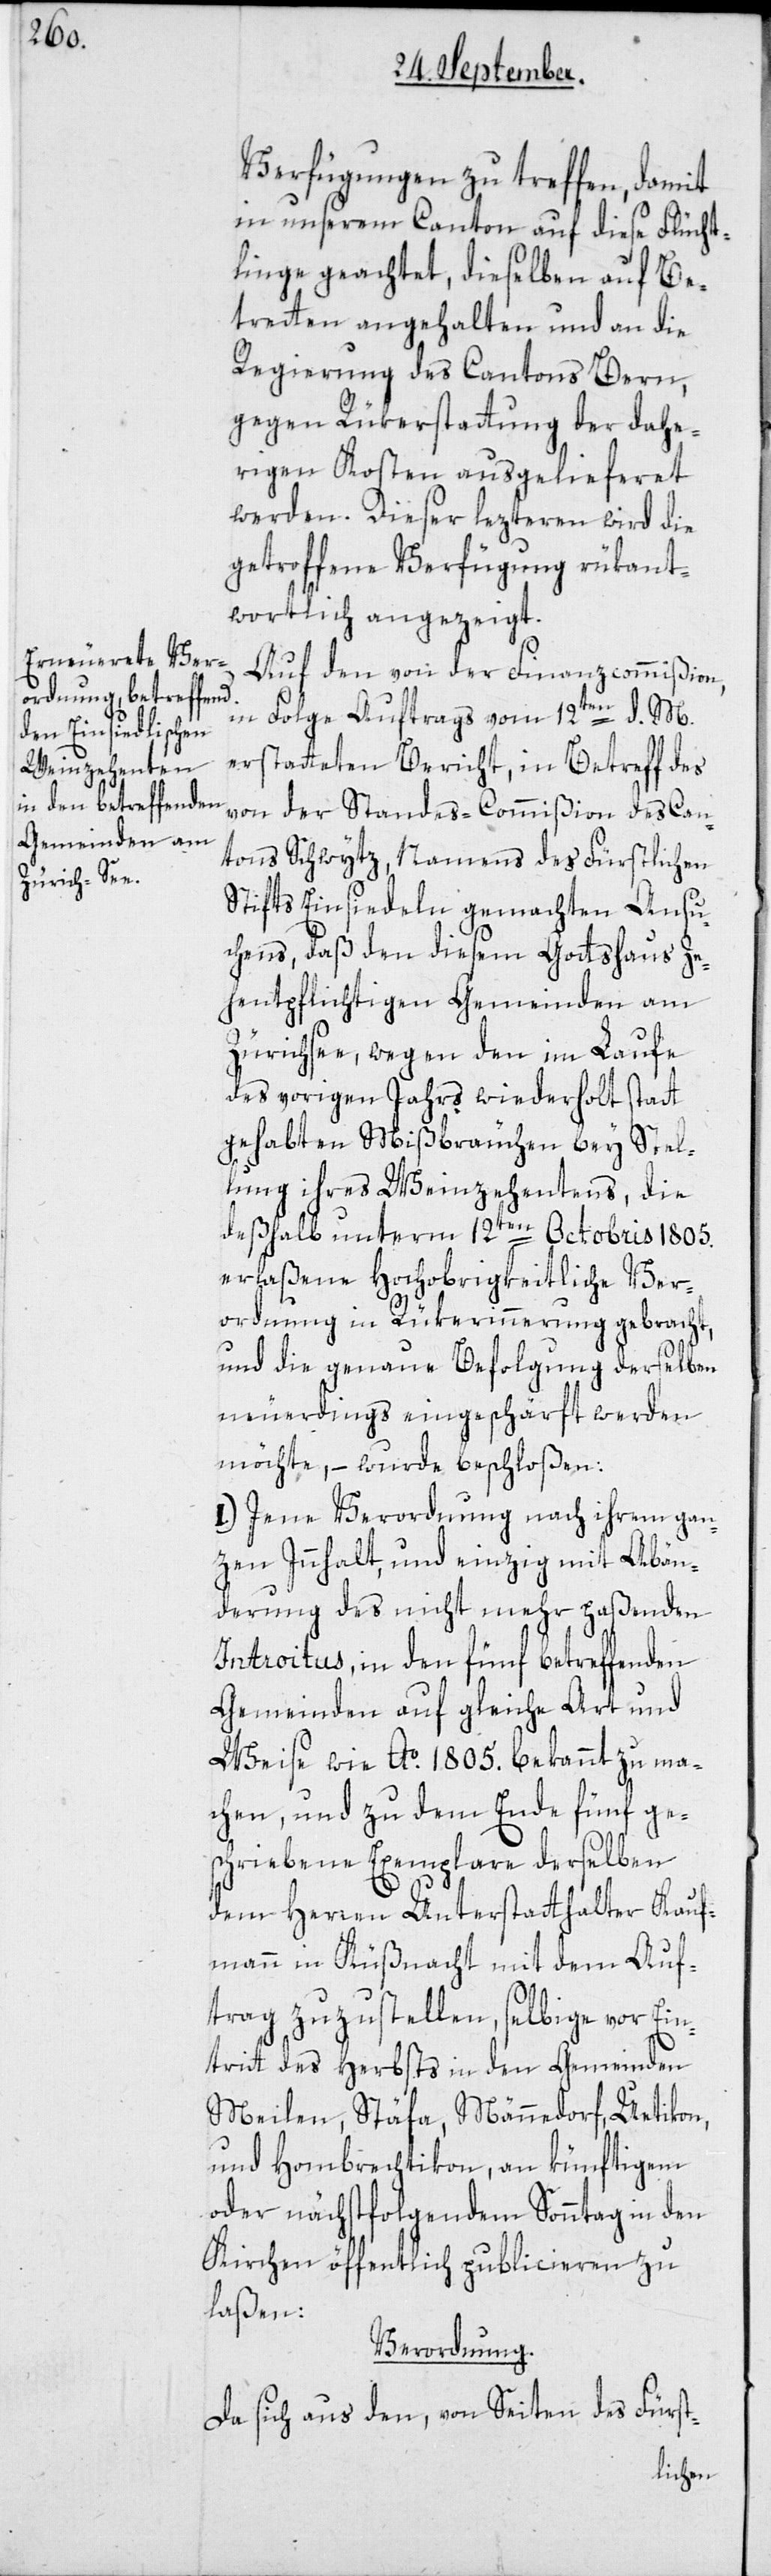
Verfügungen zu treffen, damit
in unserem Canton auf diese Flücht¬
linge geachtet, dieselben auf Be¬
tretten angehalten und an die
Regierung des Cantons Bern,
gegen Rükerstattung der dahe¬
rigen Kosten ausgelieferet
werden. Dieser lezteren wird die
getroffene Verfügung rükant¬
wortlich angezeigt.
Auf den von der Finanzcommißion,
in Folge Auftrags vom 12ten d. M.
erstatteten Bericht, in Betreff des
von der Standes-Commißion des Can¬
tons Schwytz, Namens des Fürstlichen
Stifts Einsiedeln gemachten Ansu¬
chens, daß den diesem Gottshaus Ze¬
hentpflichtigen Gemeinden am
Zürichsee, wegen den im Laufe
des vorigen Jahrs wiederholt statt
gehabten Mißbräuchen bey Stel¬
lung ihres Weinzehentens, die
deßhalb unterm 12ten Octobris 1805.
erlaßene Hochobrigkeitliche Ver¬
ordnung in Rükerinnerung gebracht,
und die genaue Befolgung derselben
neuerdings eingeschärft werden
möchte, – wurde beschloßen:
I.) Jene Verordnung nach ihrem gan¬
zen Innhalt, und einzig mit Abän¬
derung des nicht mehr paßenden
Introitus, in den fünf betreffenden
Gemeinden auf gleiche Art und
Weise wie Ao. 1805. bekannt zu ma¬
chen, und zu dem Ende fünf ge¬
schriebene Exemplare derselben
dem Herren Unterstatthalter Kauf¬
mann in Küßnacht mit dem Auf¬
trag zuzustellen, selbige vor Ein¬
tritt des Herbsts in den Gemeinden
Meilen, Stäfa, Männedorf, Uetikon
und Hombrechtikon, an künftigem
oder nächstfolgendem Sonntag in den
Kirchen öffentlich publicieren zu
laßen:
Verordnung.
Da sich aus den, von Seiten des Fürst-